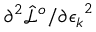
{ \partial ^ { 2 } \hat { \mathcal { L } } ^ { o } } / { { \partial \epsilon _ { k } } ^ { 2 } }